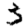
Digit: 3